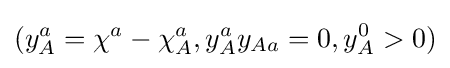
(y_{A}^{a}=\chi ^{a}-\chi _{A}^{a},y_{A}^{a}y_{Aa}=0,y_{A}^{0}>0)